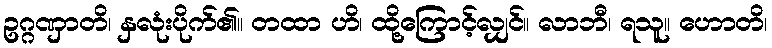
ဥဂ္ဂဏှာတိ၊ နှလုံးပိုက်၏။ တထာ ဟိ၊ ထို့ကြောင့်လျှင်။ လာဘီ၊ ရသူ။ ဟောတိ၊